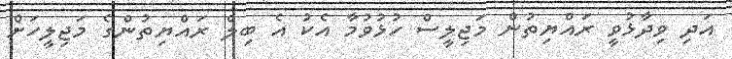
އަދި ވިދާޅުވީ ރައްޔިތުން މަޖިލީސް ހުޅުވުމާ އެކު އެ ބިލް ރައްޔިތުންގެ މަޖިލީހަށް